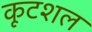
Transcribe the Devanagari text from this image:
कूटशल